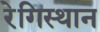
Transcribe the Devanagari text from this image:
रेगिस्थान